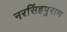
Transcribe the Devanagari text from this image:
नरसिंहपुराण